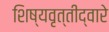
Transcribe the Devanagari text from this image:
शिष्यवृत्तीद्वारे